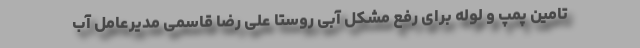
تامین پمپ و لوله برای رفع مشکل آبی روستا علی رضا قاسمی مدیرعامل آب